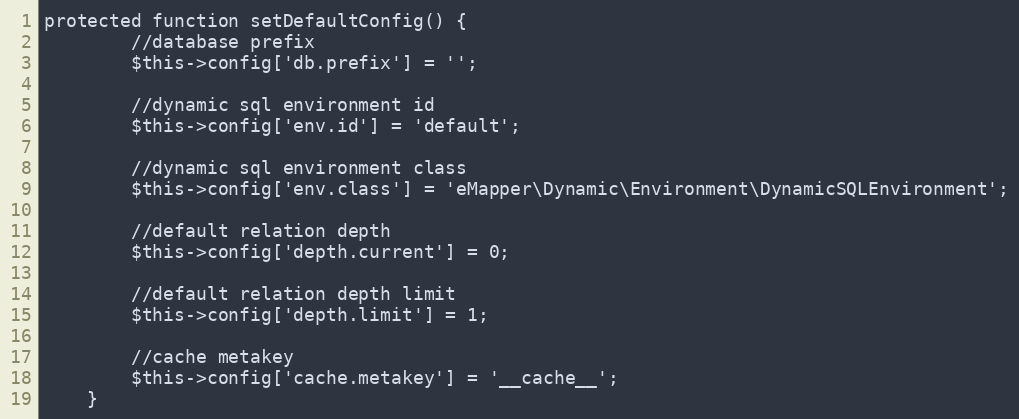
Language: PHP
protected function setDefaultConfig() {
		//database prefix
		$this->config['db.prefix'] = '';

		//dynamic sql environment id
		$this->config['env.id'] = 'default';

		//dynamic sql environment class
		$this->config['env.class'] = 'eMapper\Dynamic\Environment\DynamicSQLEnvironment';

		//default relation depth
		$this->config['depth.current'] = 0;

		//default relation depth limit
		$this->config['depth.limit'] = 1;

		//cache metakey
		$this->config['cache.metakey'] = '__cache__';
	}